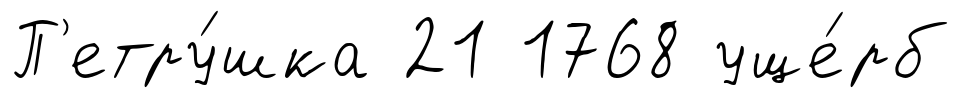
П'етру́шка 21 1768 уще́рб